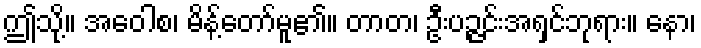
ဤသို့။ အဝေါစ၊ မိန့်တော်မူ၏။ တာတ၊ ဦးပဉ္ဇင်းအရှင်ဘုရား။ နော၊